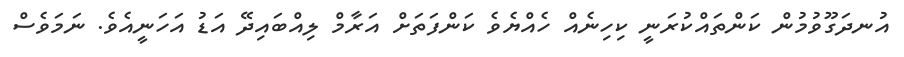
އުނދަގޫވުމުން ކަންތައްކުރަނީ ކިހިނެއް ހެއްޔެވެ ކަންފަތަށް އަރާމް ލިއްބައިދޭ އަޑު އަހަނީއެވެ. ނަމަވެސް